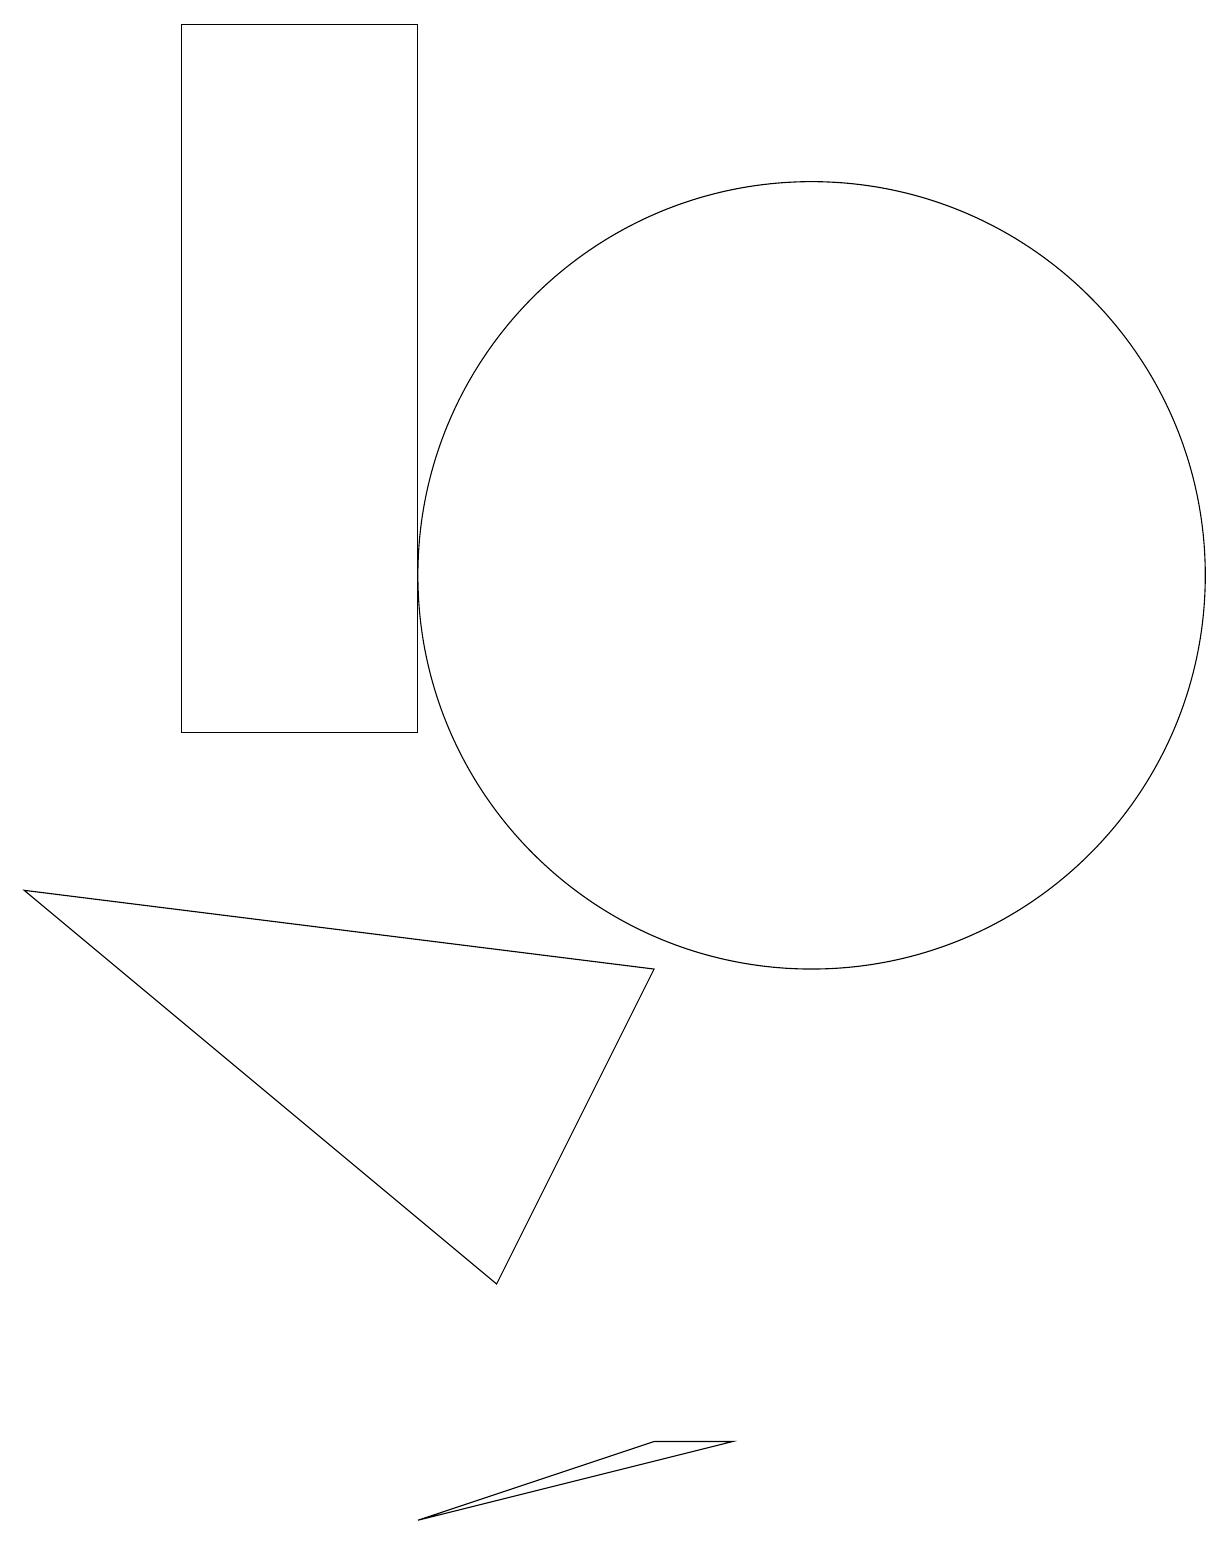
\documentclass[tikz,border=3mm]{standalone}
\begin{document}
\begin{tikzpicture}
\draw (8,1) -- (5,0) -- (9,1) -- cycle;
\draw (5,10) rectangle (2,19);
\draw (0,8) -- (6,3) -- (8,7) -- cycle;
\draw (10,12) circle (5);
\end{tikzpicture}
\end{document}